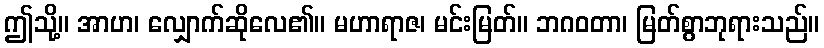
ဤသို့။ အာဟ၊ လျှောက်ဆိုလေ၏။ မဟာရာဇ၊ မင်းမြတ်။ ဘဂဝတာ၊ မြတ်စွာဘုရားသည်။